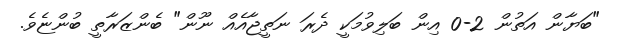
"ބަޔާން އަތުން 2-0 އިން ބަލިވުމަކީ ދެރަ ނަތީޖާއެއް ނޫން" ބެންޒަރާތީ ބުންޏެވެ.